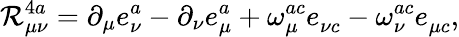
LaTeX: {\cal R}_{\mu\nu}^{4a}=\partial_{\mu}e_{\nu}^{a}-\partial_{\nu}e_{\mu}^{a}+\omega_{\mu}^{ac}e_{\nu c}^{}-\omega_{\nu}^{ac}e_{\mu c}^{},